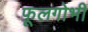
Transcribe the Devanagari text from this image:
फ़ूलगोभी